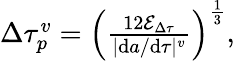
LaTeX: \begin{array}{r}{\Delta\tau_{p}^{v}=\left(\frac{12\mathcal{E}_{\Delta\tau}}{|\mathrm{d}a/\mathrm{d}\tau|^{v}}\right)^{\frac{1}{3}},}\end{array}